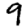
Digit: 9